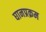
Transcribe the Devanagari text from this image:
घानप्रक्रम